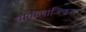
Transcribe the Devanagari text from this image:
बायोलाजिकल